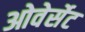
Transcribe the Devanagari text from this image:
ओवेर्सेट